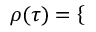
\rho ( \tau ) = \left\{ \begin{array} { r l r l } \end{array} \right.